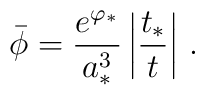
\bar{\phi} = {e^{\varphi_*} \over a_*^3} \left|{t_*\over t} \right| \, .